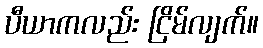
ပီယာကလည်း ငြိမ်လျက်။